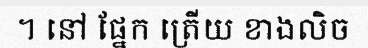
។ នៅ ផ្នែក ត្រើយ ខាងលិច